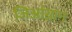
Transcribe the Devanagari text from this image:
जिआंग्नान